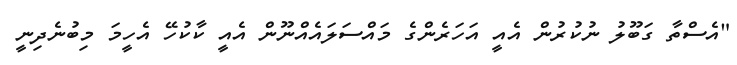
"އެސްތާ ގަބޫލު ނުކުރުން އެއީ އަހަރެންގެ މައްސަލައެއްނޫން އެއީ ކާކުހޭ އެހީމަ މިބުނެދިނީ